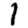
Digit: 1